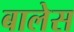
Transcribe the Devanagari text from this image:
बालेस